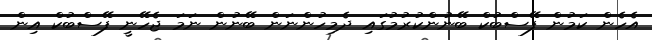
އެހެން ކަމުން ފޭސްބުކް ބޭނުންކުރުމުގައި ދެމިހުންނަން ބޭނުން ނަމަ ޖެހޭނީ ފޭސްބުކް އިން